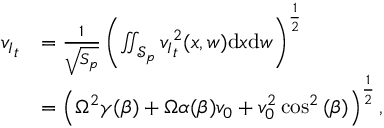
\begin{array} { r l } { { v _ { I } } _ { t } } & { = \frac { 1 } { \sqrt { S _ { p } } } \left( \iint _ { \mathcal { S } _ { p } } { v _ { I } } _ { t } ^ { 2 } ( x , w ) \mathrm { d } x \mathrm { d } w \right) ^ { \frac { 1 } { 2 } } } \\ & { = \left( \Omega ^ { 2 } \gamma ( \beta ) + \Omega \alpha ( \beta ) v _ { 0 } + v _ { 0 } ^ { 2 } \cos ^ { 2 } { ( \beta ) } \right) ^ { \frac { 1 } { 2 } } , } \end{array}